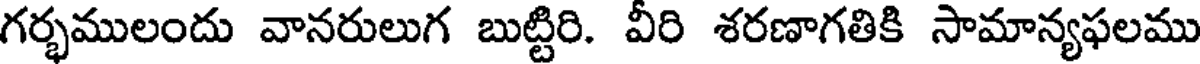
గర్భములందు వానరులుగ బుట్టిరి. వీరి శరణాగతికి సామాన్యఫలము